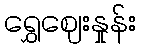
ရွှေဈေးနှုန်း